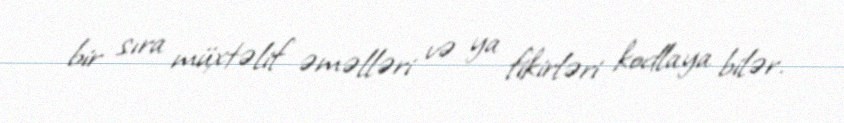
bir sıra müxtəlif əməlləri və ya fikirləri kodlaya bilər.